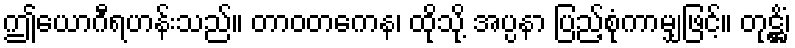
ဤယောဂီရဟန်းသည်။ တာဝတကေန၊ ထိုသို့ အပ္ပနာ ပြည့်စုံကာမျှဖြင့်။ တုဋ္ဌိံ၊